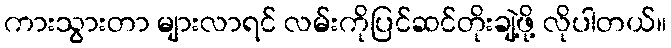
ကားသွားတာ များလာရင် လမ်းကိုပြင်ဆင်တိုးချဲ့ဖို့ လိုပါတယ်။